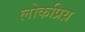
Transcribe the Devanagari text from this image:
लोकप्रिय़